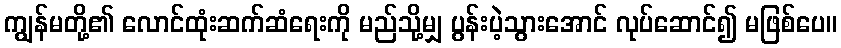
ကျွန်မတို့၏ လောင်ထုံးဆက်ဆံရေးကို မည်သို့မျှ ပွန်းပဲ့သွားအောင် လုပ်ဆောင်၍ မဖြစ်ပေ။